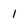
Character: 1